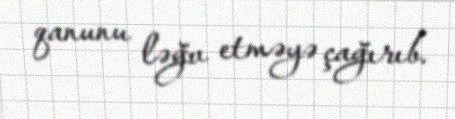
qanunu ləğv etməyə çağırıb.